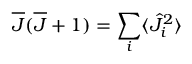
\overline { { J } } ( \overline { { J } } + 1 ) = \sum _ { i } \langle \hat { J } _ { i } ^ { 2 } \rangle